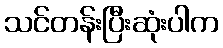
သင်တန်းပြီးဆုံးပါက